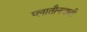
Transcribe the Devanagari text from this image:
प्लातौनवादी